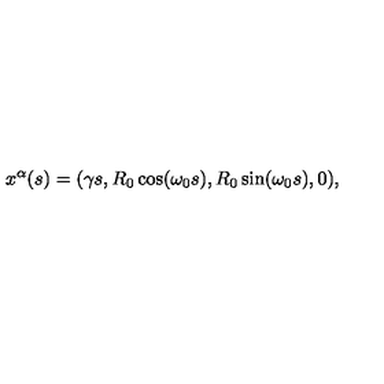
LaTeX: x ^ { \alpha } ( s ) = ( \gamma s , R _ { 0 } \cos ( \omega _ { 0 } s ) , R _ { 0 } \sin ( \omega _ { 0 } s ) , 0 ) ,